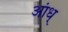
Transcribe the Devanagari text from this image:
आंध्